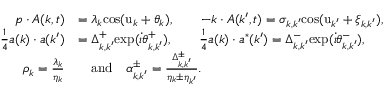
\begin{array} { r l } { \boldsymbol { p } \cdot \boldsymbol { A } ( \boldsymbol { k } , t ) } & { = \lambda _ { \boldsymbol { k } } \mathrm { c o s } ( \mathrm { u } _ { \boldsymbol { k } } + \theta _ { \boldsymbol { k } } ) , \qquad - \boldsymbol { k } \cdot A ( \boldsymbol { k } ^ { \prime } , t ) = \sigma _ { \boldsymbol { k } , \boldsymbol { k } ^ { \prime } } \mathrm { c o s } ( \mathrm { u } _ { \boldsymbol { k } ^ { \prime } } + \xi _ { \boldsymbol { k } , \boldsymbol { k } ^ { \prime } } ) , } \\ { \frac { 1 } { 4 } \boldsymbol { a } ( \boldsymbol { k } ) \cdot \boldsymbol { a } ( \boldsymbol { k } ^ { \prime } ) } & { = \Delta _ { \boldsymbol { k } , \boldsymbol { k } ^ { \prime } } ^ { + } \mathrm { e x p } ( \dot { \iota } \theta _ { \boldsymbol { k } , \boldsymbol { k } ^ { \prime } } ^ { + } ) , \qquad \frac { 1 } { 4 } \boldsymbol { a } ( \boldsymbol { k } ) \cdot \boldsymbol { a } ^ { * } ( \boldsymbol { k } ^ { \prime } ) = \Delta _ { \boldsymbol { k } , \boldsymbol { k } ^ { \prime } } ^ { - } \mathrm { e x p } ( \dot { \iota } \theta _ { \boldsymbol { k } , \boldsymbol { k } ^ { \prime } } ^ { - } ) , } \\ { \rho _ { \boldsymbol { k } } = \frac { \lambda _ { \boldsymbol { k } } } { \eta _ { \boldsymbol { k } } } } & { \quad \mathrm { a n d } \quad \alpha _ { \boldsymbol { k } , \boldsymbol { k } ^ { \prime } } ^ { \pm } = \frac { \Delta _ { \boldsymbol { k } , \boldsymbol { k } ^ { \prime } } ^ { \pm } } { \eta _ { \boldsymbol { k } } \pm \eta _ { \boldsymbol { k } ^ { \prime } } } . } \end{array}